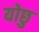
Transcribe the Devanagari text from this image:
योछु